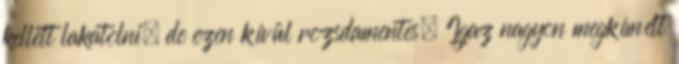
kellett lakatolni, de ezen kívül rozsdamentes. Igaz nagyon megkímélt